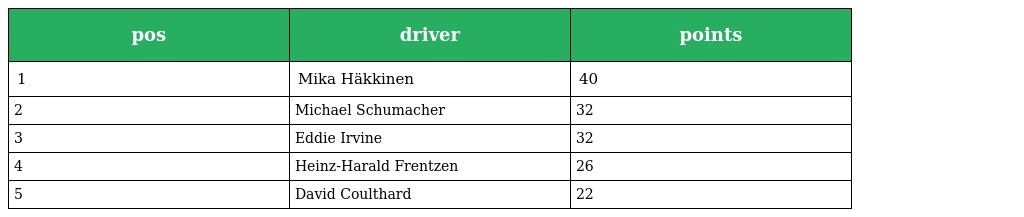
| pos | driver | points |
 | --- | --- | --- |
 | 1 | Mika Häkkinen | 40 |
 | 2 | Michael Schumacher | 32 |
 | 3 | Eddie Irvine | 32 |
 | 4 | Heinz-Harald Frentzen | 26 |
 | 5 | David Coulthard | 22 |